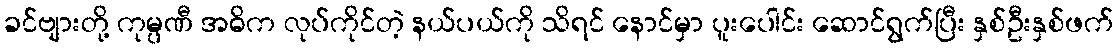
ခင်ဗျားတို့ ကုမ္ပဏီ အဓိက လုပ်ကိုင်တဲ့ နယ်ပယ်ကို သိရင် နောင်မှာ ပူးပေါင်း ဆောင်ရွက်ပြီး နှစ်ဦးနှစ်ဖက်